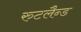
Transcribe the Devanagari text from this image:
रुटलैन्ड